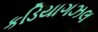
કડિયાગઝલ